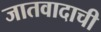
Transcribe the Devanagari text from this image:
जातवादाची